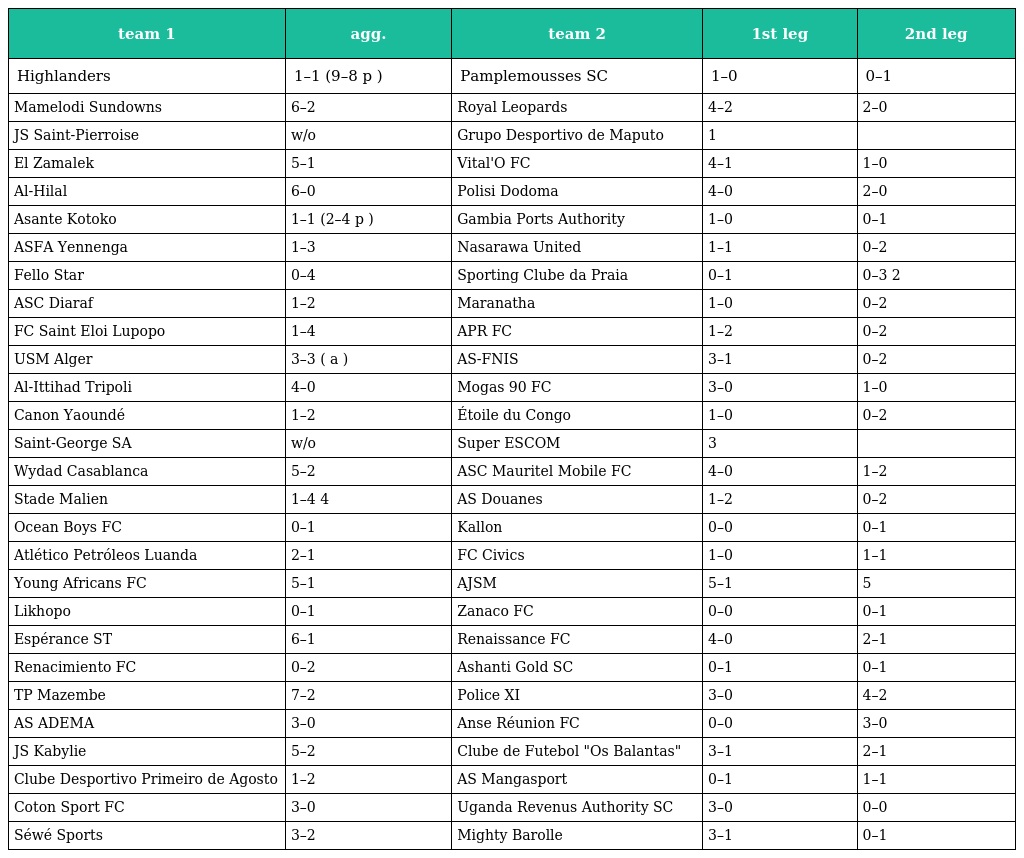
| team 1 | agg. | team 2 | 1st leg | 2nd leg |
 | --- | --- | --- | --- | --- |
 | Highlanders | 1–1 (9–8 p ) | Pamplemousses SC | 1–0 | 0–1 |
 | Mamelodi Sundowns | 6–2 | Royal Leopards | 4–2 | 2–0 |
 | JS Saint-Pierroise | w/o | Grupo Desportivo de Maputo | 1 |  |
 | El Zamalek | 5–1 | Vital'O FC | 4–1 | 1–0 |
 | Al-Hilal | 6–0 | Polisi Dodoma | 4–0 | 2–0 |
 | Asante Kotoko | 1–1 (2–4 p ) | Gambia Ports Authority | 1–0 | 0–1 |
 | ASFA Yennenga | 1–3 | Nasarawa United | 1–1 | 0–2 |
 | Fello Star | 0–4 | Sporting Clube da Praia | 0–1 | 0–3 2 |
 | ASC Diaraf | 1–2 | Maranatha | 1–0 | 0–2 |
 | FC Saint Eloi Lupopo | 1–4 | APR FC | 1–2 | 0–2 |
 | USM Alger | 3–3 ( a ) | AS-FNIS | 3–1 | 0–2 |
 | Al-Ittihad Tripoli | 4–0 | Mogas 90 FC | 3–0 | 1–0 |
 | Canon Yaoundé | 1–2 | Étoile du Congo | 1–0 | 0–2 |
 | Saint-George SA | w/o | Super ESCOM | 3 |  |
 | Wydad Casablanca | 5–2 | ASC Mauritel Mobile FC | 4–0 | 1–2 |
 | Stade Malien | 1–4 4 | AS Douanes | 1–2 | 0–2 |
 | Ocean Boys FC | 0–1 | Kallon | 0–0 | 0–1 |
 | Atlético Petróleos Luanda | 2–1 | FC Civics | 1–0 | 1–1 |
 | Young Africans FC | 5–1 | AJSM | 5–1 | 5 |
 | Likhopo | 0–1 | Zanaco FC | 0–0 | 0–1 |
 | Espérance ST | 6–1 | Renaissance FC | 4–0 | 2–1 |
 | Renacimiento FC | 0–2 | Ashanti Gold SC | 0–1 | 0–1 |
 | TP Mazembe | 7–2 | Police XI | 3–0 | 4–2 |
 | AS ADEMA | 3–0 | Anse Réunion FC | 0–0 | 3–0 |
 | JS Kabylie | 5–2 | Clube de Futebol "Os Balantas" | 3–1 | 2–1 |
 | Clube Desportivo Primeiro de Agosto | 1–2 | AS Mangasport | 0–1 | 1–1 |
 | Coton Sport FC | 3–0 | Uganda Revenus Authority SC | 3–0 | 0–0 |
 | Séwé Sports | 3–2 | Mighty Barolle | 3–1 | 0–1 |